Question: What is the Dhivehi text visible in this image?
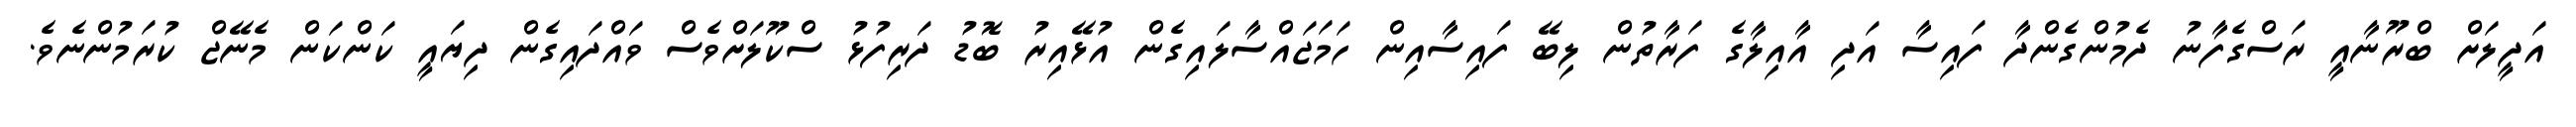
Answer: އަދީލަށް ބްރޫނާއީ ރަސްގެފާނު ދެމުންގެންދާ ފައިސާ އަދި އާއިލާގެ ފަރާތުން ލިބޭ ފައިސާއިން ހަމަޖައްސާލައިގެން އުޅޭއިރު ބޮޑު ދަރިފުޅު ސްކޫލަށްވެސް ވައްދައިގެން ދިޔައީ ކަންކަން މެނޭޖް ކުރަމުންނެވެ.